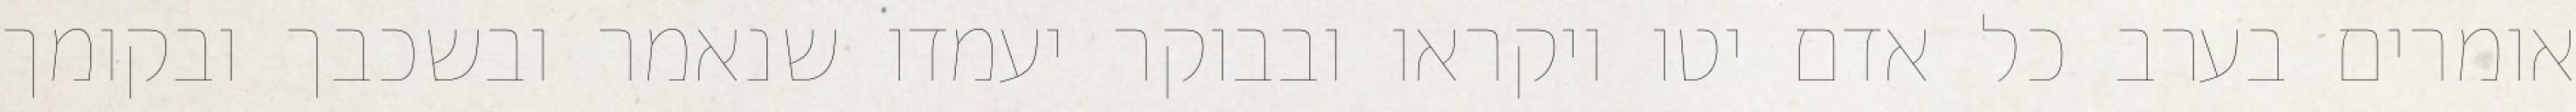
אומרים בערב כל אדם יטו ויקראו ובבוקר יעמדו שנאמר ובשכבך ובקומך